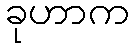
ခုဟာက